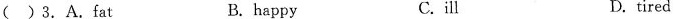
( )3.A.fat B. happy C.ill D.tired